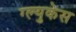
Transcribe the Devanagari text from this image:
ग्ल्युकेस